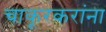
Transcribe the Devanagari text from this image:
चाकूरकरांना